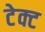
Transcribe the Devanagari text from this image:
टेक्ट